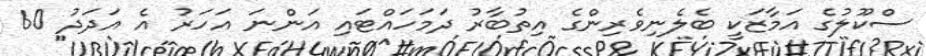
ސްކޫލުގެ އަމާޒަކީ ބެލެނިވެރިންގެ އިތުބާރު ދަމަހައްޓައި އަންނަ އަހަރު އެ އަދަދު 60